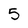
Character: 5